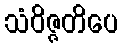
သံဝိဇ္ဇတိပေ